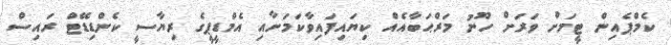
ކެމްޕެއިން ޓީމަށް ވަރަށް ހޫނު މަރްޙަބާއެއް ކިޔައިފައިވާކަމަށާއި އެމްޑީޕީގެ ރިޔާސީ ކެންޑިޑޭޓް ރައިސް